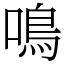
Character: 鳴